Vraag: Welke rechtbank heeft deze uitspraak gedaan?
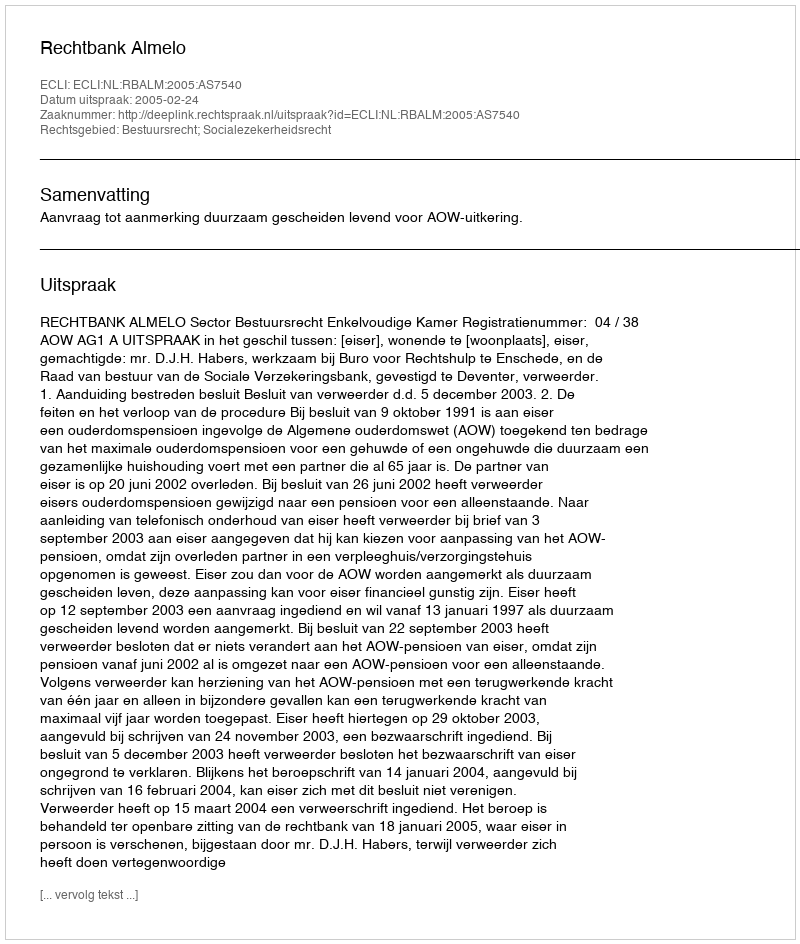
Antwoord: Rechtbank Almelo